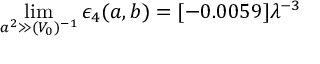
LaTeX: \operatorname * { l i m } _ { a ^ { 2 } \gg ( V _ { 0 } ) ^ { - 1 } } \epsilon _ { 4 } ( a , b ) = [ - 0 . 0 0 5 9 ] \lambda ^ { - 3 }